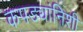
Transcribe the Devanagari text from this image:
कपड्यांनिशी